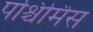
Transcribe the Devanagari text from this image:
पश्चिमिेस